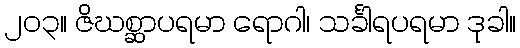
၂၀၃။ ဇိဃစ္ဆာပရမာ ရောဂါ၊ သင်္ခါရပရမာ ဒုခါ။